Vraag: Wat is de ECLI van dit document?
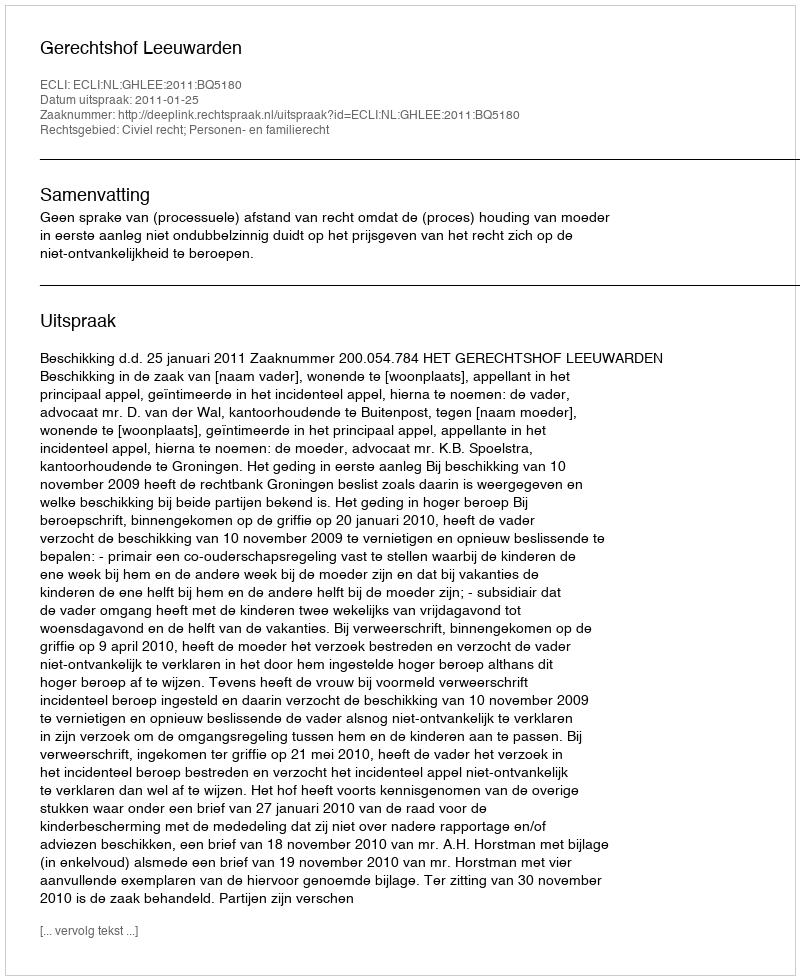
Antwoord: ECLI:NL:GHLEE:2011:BQ5180